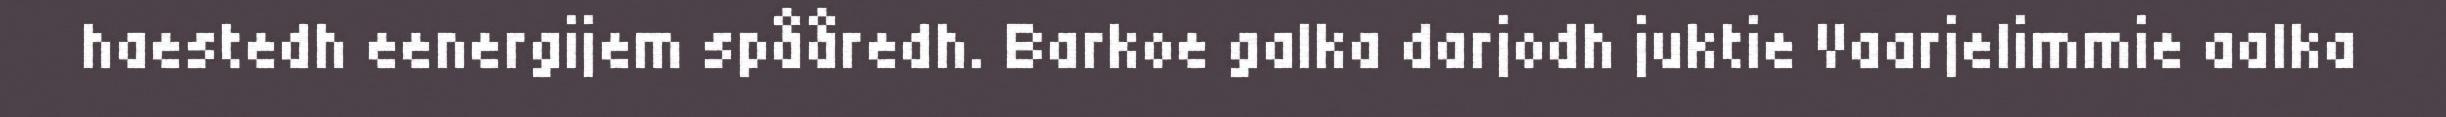
haestedh eenergijem spååredh. Barkoe galka darjodh juktie Vaarjelimmie aalka